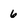
Character: 6